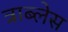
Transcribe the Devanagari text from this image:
त्राब्लेस